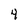
Character: 4